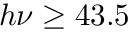
h \nu \geq 4 3 . 5